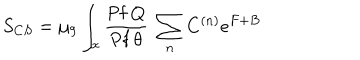
S _ { C S } = \mu _ { 9 } \int _ { x } { \frac { \mathrm { P f } ~ Q } { \mathrm { P f } ~ \theta } } ~ \sum _ { n } C ^ { ( n ) } e ^ { F + B }